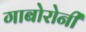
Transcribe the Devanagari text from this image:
गाबोरोनी